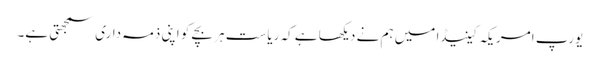
یورپ امریکہ کینیڈا میں ہم نے دیکھا ہے کہ ریاست ہر بچے کو اپنی ذمہ داری سمجھتی ہے۔